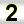
Digit: 2